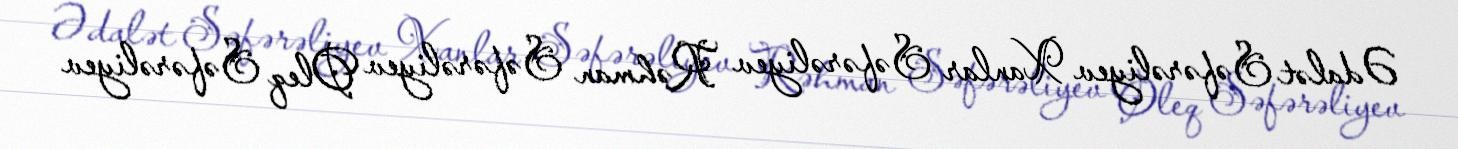
Ədalət Səfərəliyev Xanlar Səfərəliyev Rəhman Səfərəliyev Oleq Səfərəliyev